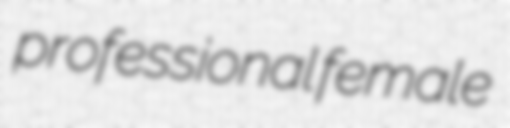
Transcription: professional female